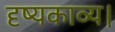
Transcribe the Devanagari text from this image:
दृष्यकाव्य।